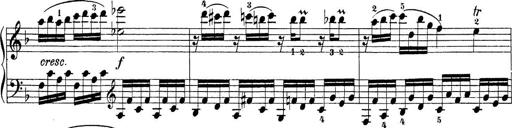
Title: Sonatina Album
Composer: Louis KÃ¶hler